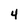
Character: 4